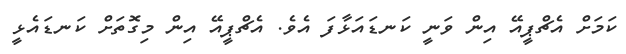
ކަމަށް އެޗްޕީއޭ އިން ވަނީ ކަނޑައަޅާފަ އެވެ. އެޗްޕީއޭ އިން މިގޮތަށް ކަނޑައެޅީ